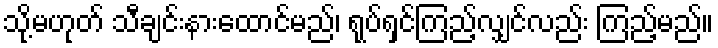
သို့မဟုတ် သီချင်းနားထောင်မည်၊ ရုပ်ရှင်ကြည့်လျှင်လည်း ကြည့်မည်။